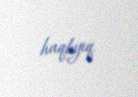
haqlıyıq.